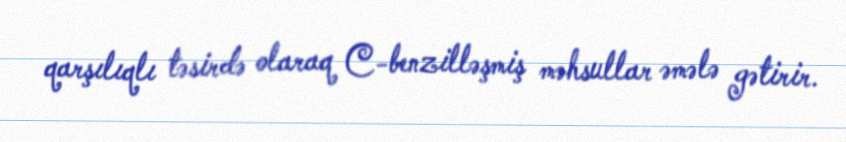
qarşılıqlı təsirdə olaraq C-benzilləşmiş məhsullar əmələ gətirir.